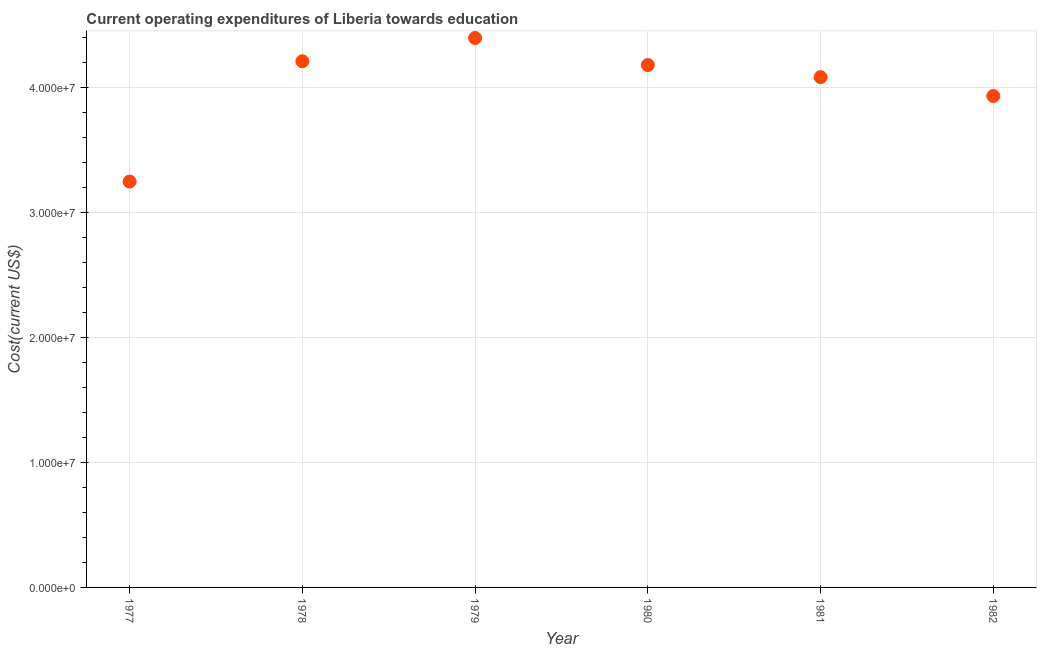
| Year | Education expenditure |
 | --- | --- |
 | 1977 | 3.25e+07 |
 | 1978 | 4.21e+07 |
 | 1979 | 4.4e+07 |
 | 1980 | 4.18e+07 |
 | 1981 | 4.09e+07 |
 | 1982 | 3.94e+07 |